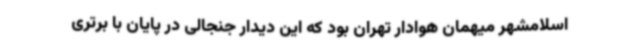
اسلامشهر میهمان هوادار تهران بود که این دیدار جنجالی در پایان با برتری